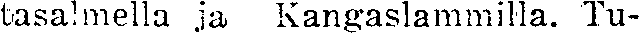
tasalmella ja Kangaslammilla. Tu-